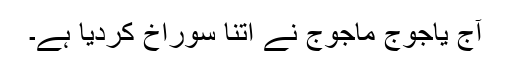
آج یاجوج ماجوج نے اتنا سوراخ کردیا ہے۔